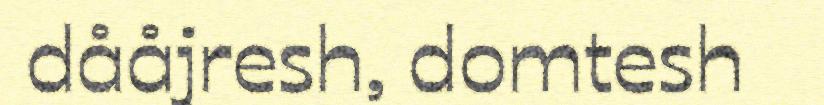
dååjresh, domtesh